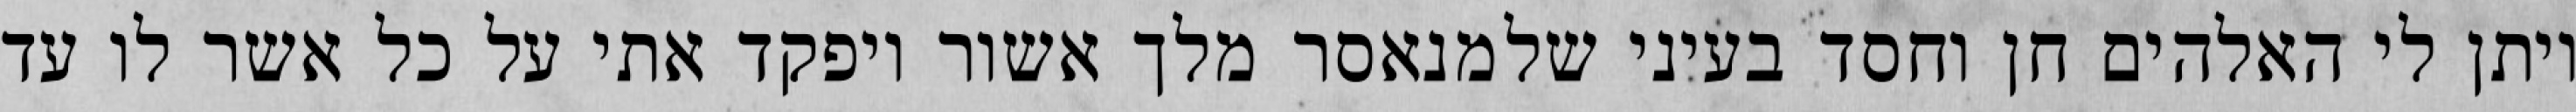
ויתן לי האלהים חן וחסד בעיני שלמנאסר מלך אשור ויפקד אתי על כל אשר לו עד